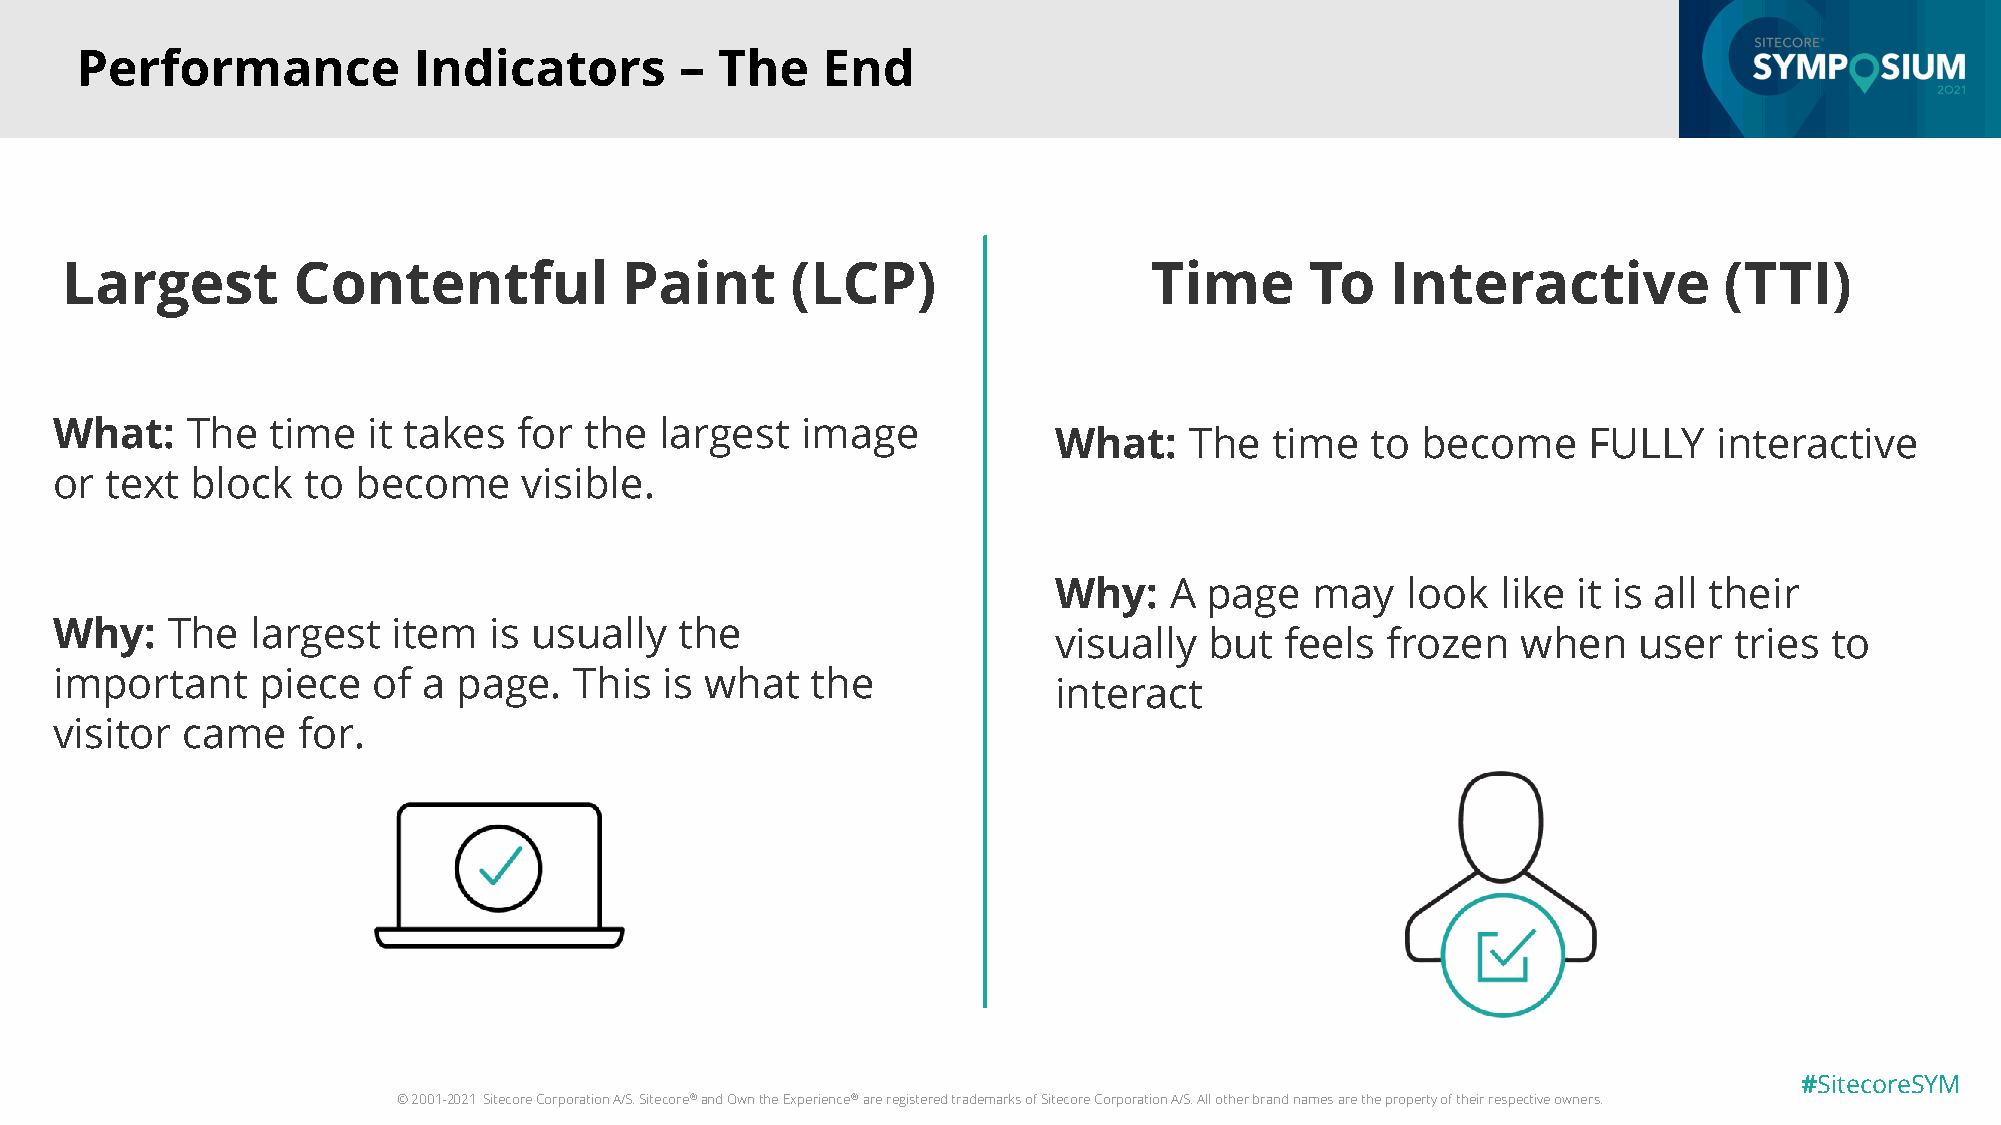
Performance           Indicators        – The    End
 Largest        Contentful            Paint      (LCP)                   Time       To   Interactive           (TTI)
 What:   The   time  it takes  for  the  largest  image
 What:    The  time   to become     FULLY    interactive
 or text  block  to  become     visible.
 Why:   A  page   may   look  like it is all their
 Why:   The   largest  item  is usually   the
 visually  but  feels  frozen   when   user   tries to
 important    piece   of a page.   This  is what   the
 interact
 visitor came    for.
 #SitecoreSYM
 © 2001-2021 Sitecore Corporation A/S. Sitecore®and Own the Experience®are registered trademarks of Sitecore Corporation A/S. All other brand names are the property of their respective owners.